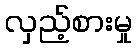
လှည့်စားမှု